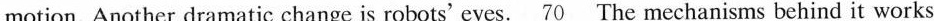
motion. Another dramatic change is robots' eyes.\underline{70} The mechanisms behind it works